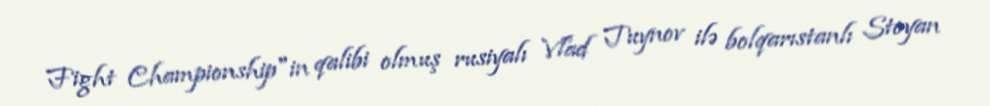
Fight Championship"in qalibi olmuş rusiyalı Vlad Tuynov ilə bolqarıstanlı Stoyan